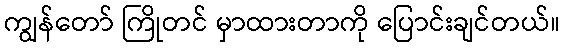
ကျွန်တော် ကြိုတင် မှာထားတာကို ပြောင်းချင်တယ်။